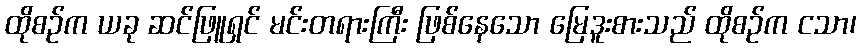
ထိုစဉ်က ယခု ဆင်ဖြူရှင် မင်းတရားကြီး ဖြစ်နေသော မြေဒူးစားသည် ထိုစဉ်က ငသာ၊